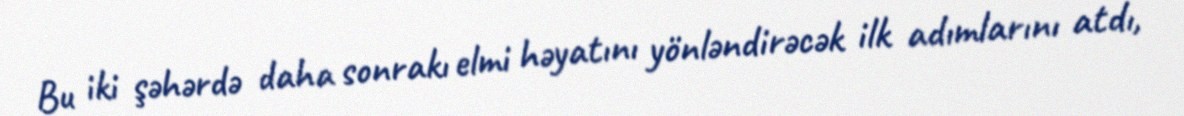
Bu iki şəhərdə daha sonrakı elmi həyatını yönləndirəcək ilk adımlarını atdı,